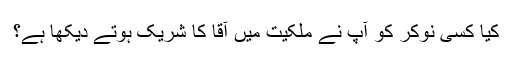
کیا کسی نوکر کو آپ نے ملکیت میں آقا کا شریک ہوتے دیکھا ہے؟